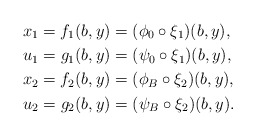
\begin{align*}x_1 = f_1(b,y) &= (\phi_0 \circ \xi_1)(b,y), \\u_1 = g_1(b,y) &= (\psi_0 \circ \xi_1)(b,y), \\x_2 = f_2(b,y) &= (\phi_B \circ \xi_2)(b,y), \\u_2 = g_2(b,y) &= (\psi_B \circ \xi_2)(b,y).\end{align*}